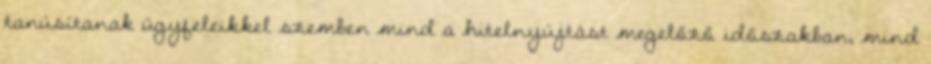
tanúsítanak ügyfeleikkel szemben mind a hitelnyújtást megelőző időszakban, mind